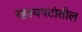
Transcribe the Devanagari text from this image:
रहस्यपटांतील